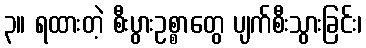
၃။ ရထားတဲ့ စီးပွားဥစ္စာတွေ ပျက်စီးသွားခြင်း၊